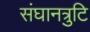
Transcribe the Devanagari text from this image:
संघानत्रुटि